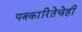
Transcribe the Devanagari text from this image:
पत्रकारितेचेही